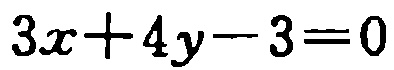
\(3x + 4y - 3 = 0\)